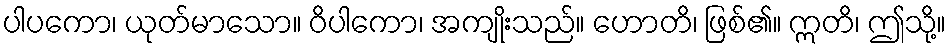
ပါပကော၊ ယုတ်မာသော။ ဝိပါကော၊ အကျိုးသည်။ ဟောတိ၊ ဖြစ်၏။ ဣတိ၊ ဤသို့။